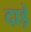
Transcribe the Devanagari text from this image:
दाड़े